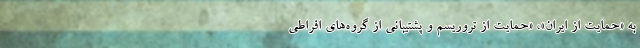
به «حمایت از ایران»، «حمایت از تروریسم و پشتیبانی از گروه‌های افراطی